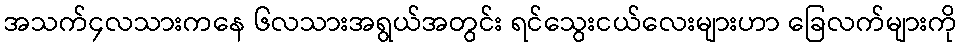
အသက်၄လသားကနေ ၆လသားအရွယ်အတွင်း ရင်သွေးငယ်လေးများဟာ ခြေလက်များကို